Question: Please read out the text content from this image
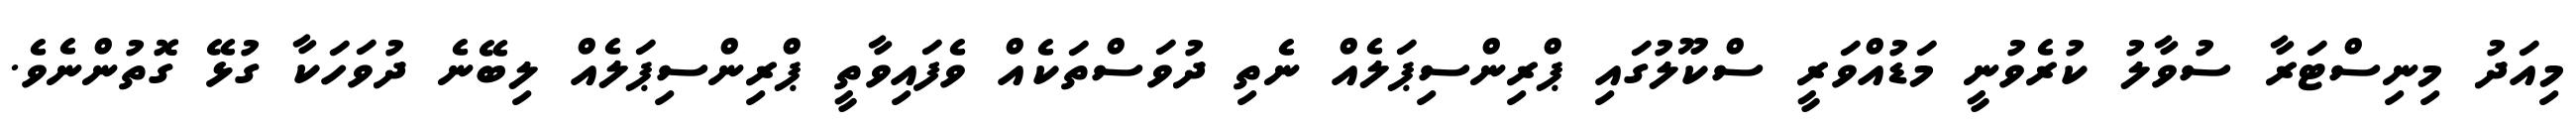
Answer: މިއަދު މިނިސްޓަރާ ސުވާލު ކުރެވުނީ މަޑުއްވަރީ ސްކޫލުގައި ޕްރިންސިޕަލެއް ނެތި ދުވަސްތަކެއް ވެފައިވާތީ ޕްރިންސިޕަލެއް ލިބޭނެ ދުވަހަކާ ގުޅޭ ގޮތުންނެވެ.